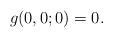
LaTeX: \begin{align*}g(0,0;0) = 0.\end{align*}